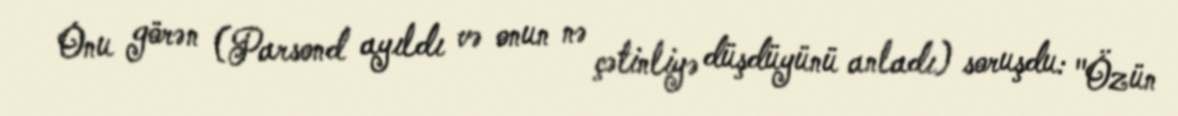
Onu görən (Parsond ayıldı və onun nə çətinliyə düşdüyünü anladı) soruşdu: "Özün